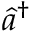
\hat { a } ^ { \dagger }